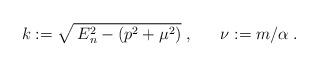
LaTeX: \begin{align*}k:=\sqrt{\:E_n^2-(p^2+\mu^2)}\;,~~~~~ \nu:=m/\alpha\;.\end{align*}